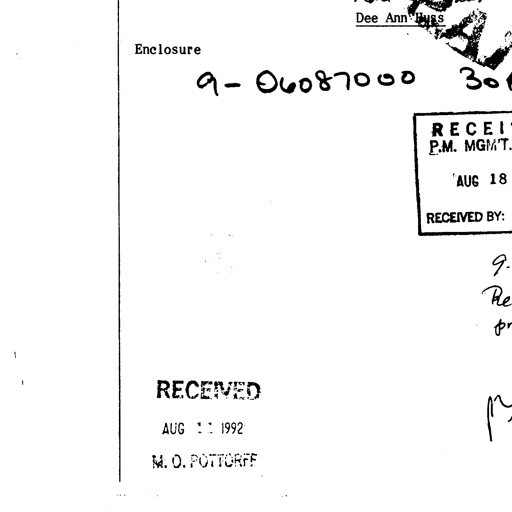
Dee Ann Huss
Enclosure 9-06087000 30
RECEI
P.M. MGMT.
AUG 18
RECEIVED BY:
9.
Re
fr
RECEIVED
AUG 11 1992
M. O. POTTORFF